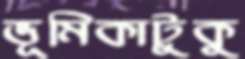
ভূমিকাটুকু